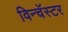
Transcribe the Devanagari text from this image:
विन्चॅस्टर